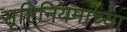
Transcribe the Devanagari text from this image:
सृष्टिनियमांच्या